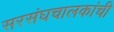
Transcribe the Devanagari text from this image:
सरसंघचालकांची